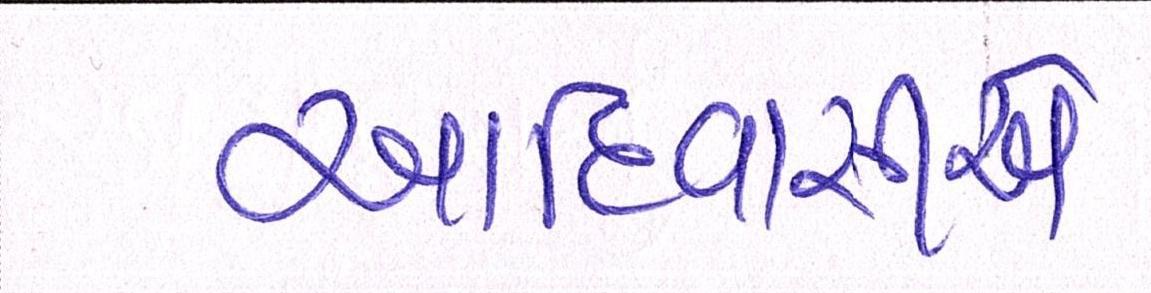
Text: આદિવાસીએ